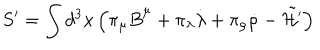
S ^ { \prime } = \int d ^ { 3 } x \left( \pi _ { \mu } { \dot { B } } ^ { \mu } + \pi _ { \lambda } { \dot { \lambda } } + \pi _ { \rho } { \dot { \rho } } - \tilde { \cal H ^ { \prime } } \right)